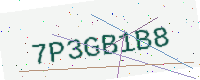
Text: 7P3GB1B8